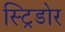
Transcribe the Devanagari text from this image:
स्ट्रिडोर